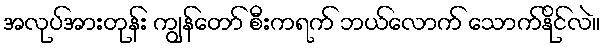
အလုပ်အားတုန်း ကျွန်တော် စီးကရက် ဘယ်လောက် သောက်နိုင်လဲ။